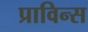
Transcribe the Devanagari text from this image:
प्राविन्स